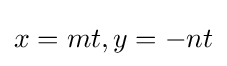
x=mt,y=-nt